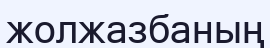
жолжазбаның